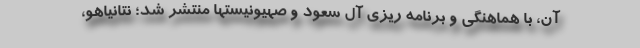
آن، با هماهنگی و برنامه ریزی آل سعود و صهیونیستها منتشر شد؛ نتانیاهو،